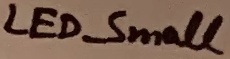
Text: LED_Small